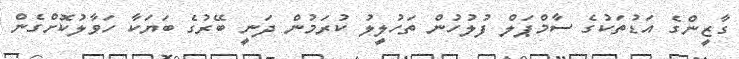
ގާޒީންގެ އަޑުތަކުގެ ސާމްޕަލް ފުލުހުން ތަހުލީލު ކުރަމުން ދަނީ ބޭރުގެ ބަޔަކާ ހަވާލުކޮށްގެން